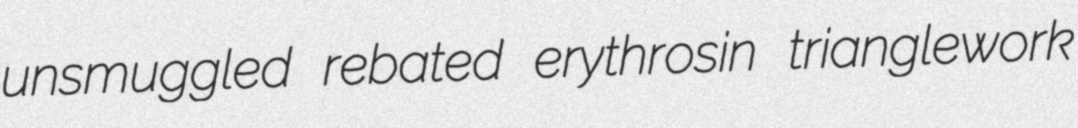
unsmuggled rebated erythrosin trianglework